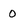
Character: 0